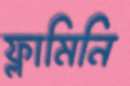
ফ্লামিনি